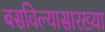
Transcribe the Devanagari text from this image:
बसविल्यासारख्या